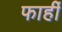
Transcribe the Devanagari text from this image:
फार्ही